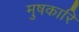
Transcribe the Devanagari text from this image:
मुषकारि